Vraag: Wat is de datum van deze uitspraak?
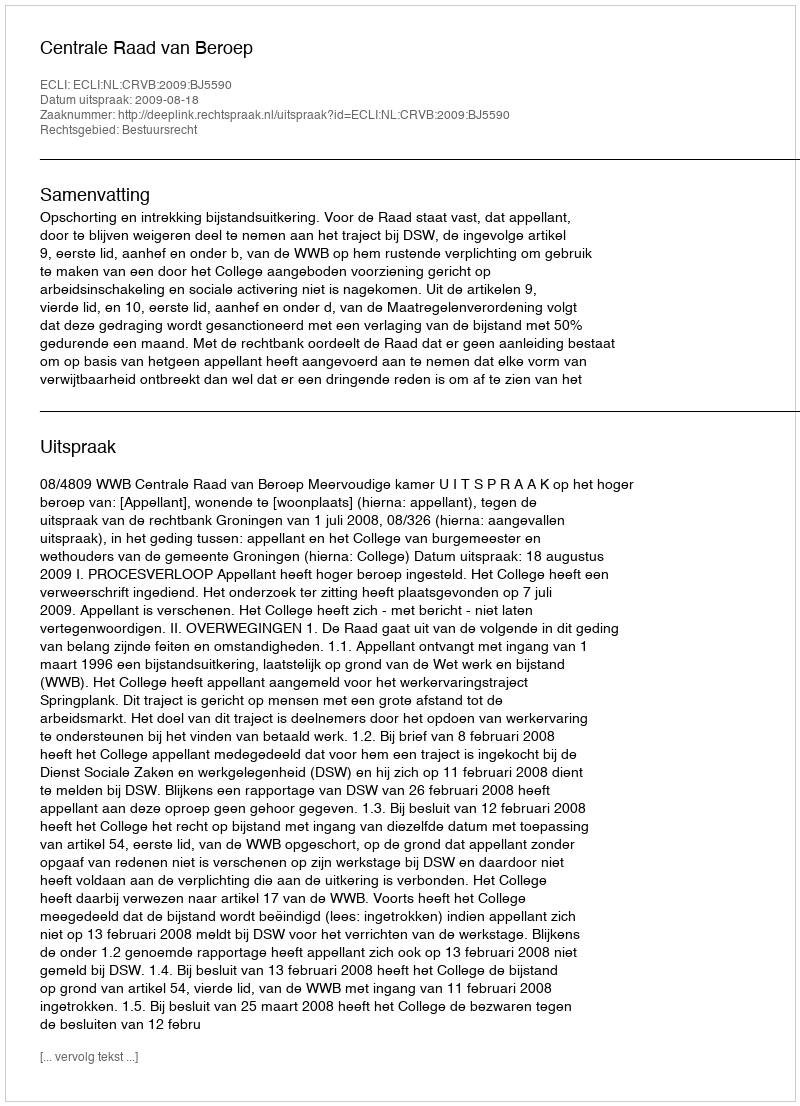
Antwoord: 2009-08-18